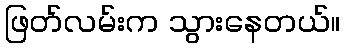
ဖြတ်လမ်းက သွားနေတယ်။